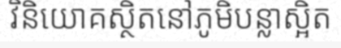
វិនិយោគស្ថិតនៅភូមិបន្លាស្អិត